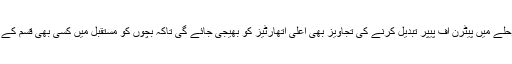
ناظم امتحانات نے بتایا کہ اگلے مرحلے میں پیٹرن آف پیپر تبدیل کرنے کی تجاویز بھی اعلیٰ اتھارٹیز کو بھیجی جائے گی تاکہ بچوں کو مستقبل میں کسی بھی قسم کے مزید امتحان کی ضرورت نہ رہے۔